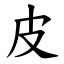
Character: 皮